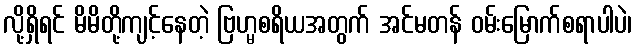
လို့ရှိရင် မိမိတို့ကျင့်နေတဲ့ ဗြဟ္မစရိယအတွက် အင်မတန် ဝမ်းမြောက်စရာပါပဲ၊